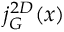
j _ { G } ^ { 2 D } ( x )